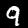
Digit: 9